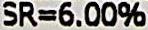
SR=6.00%